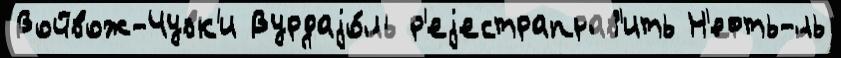
Войвож-Чувк'и Вурдаjо́ль р'еjестраправ'ить Н'ефть-́ль